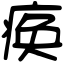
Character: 痪